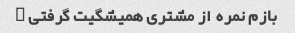
بازم نمره  از مشتری همیشگیت گرفتی …